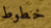
خطوط